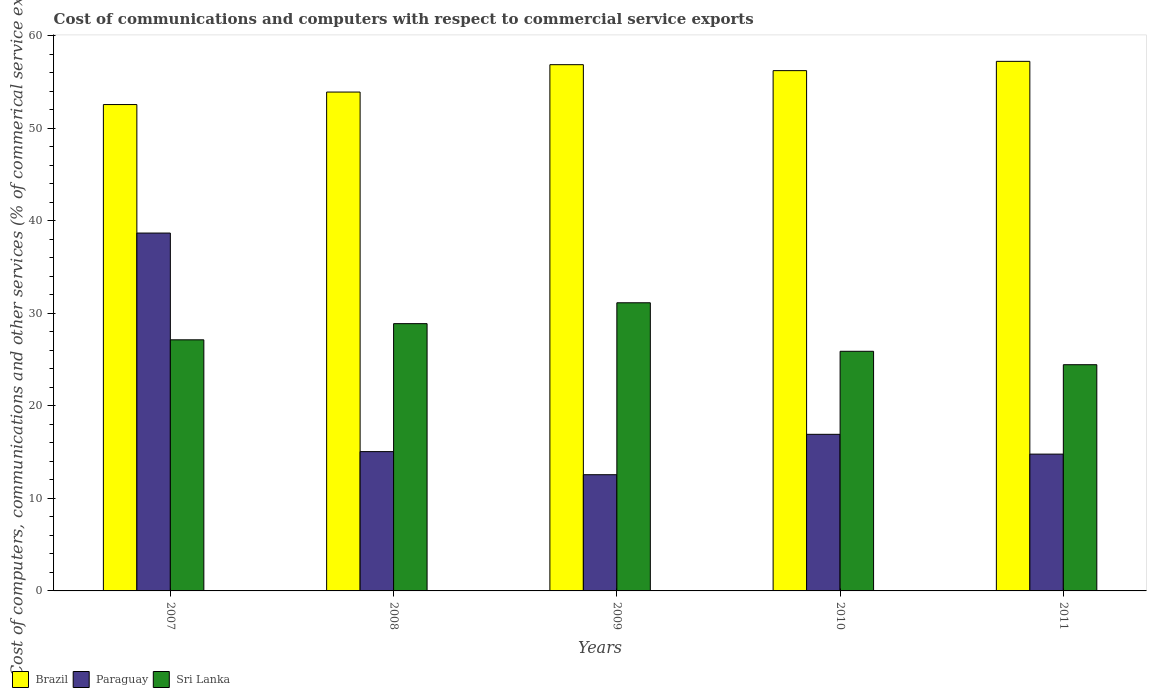
| Years | Brazil | Paraguay | Sri Lanka |
 | --- | --- | --- | --- |
 | 2007 | 52.6 | 38.7 | 27.1 |
 | 2008 | 53.9 | 15.1 | 28.9 |
 | 2009 | 56.9 | 12.6 | 31.2 |
 | 2010 | 56.3 | 16.9 | 25.9 |
 | 2011 | 57.3 | 14.8 | 24.5 |